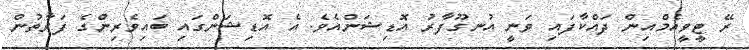
ރޭ ޓީވީއެމްއިން ދައްކާފައި ވަނީ އުނގޫފާރު އޮޑިޝަންއެވެ. އެ އޮޑިޝަންގައި ބައިވެރިންގެ ފަރާތުން